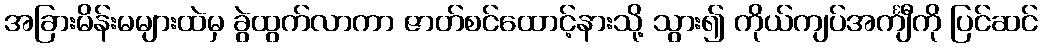
အခြားမိန်းမများထဲမှ ခွဲထွက်လာကာ ဇာတ်စင်ထောင့်နားသို့ သွား၍ ကိုယ်ကျပ်အင်္ကျီကို ပြင်ဆင်